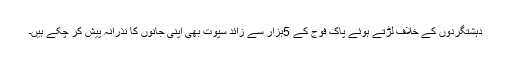
دہشتگردوں کے خلاف لڑتے ہوئے پاک فوج کے 5ہزار سے زائد سپوت بھی اپنی جانوں کا نذرانہ پیش کر چکے ہیں۔